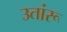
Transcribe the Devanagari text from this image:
उतांरू